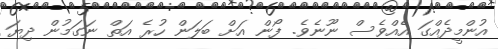
އުންމީދެއްގަ އެއްވެސް ނޫނެވެ. ފޯން އަށް ބަލަން ހުރެ އަތް ނަގަމުން ދިޔަ